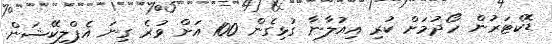
ޑޮކްޓަރުން ހޯދުމަށް ކުރި އިއުލާނާ ގުޅިގެން 100 އަށް ވުރެ ގިނަ އެޕްލިކޭޝަން